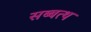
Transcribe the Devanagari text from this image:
सब्बत्थ